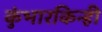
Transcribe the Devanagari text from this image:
कुंभारकिन्ही